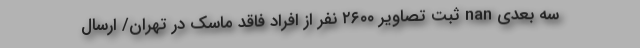
سه بعدی nan ثبت تصاویر ۲۶۰۰ نفر از افراد فاقد ماسک در تهران/ ارسال